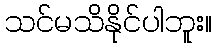
သင်မသိနိုင်ပါဘူး။